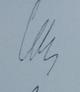
Signature authenticity: genuine